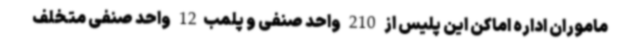
ماموران اداره اماکن این پلیس از 210 واحد صنفی و پلمب12 واحد صنفی متخلف